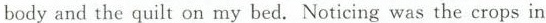
body and the quilt on my bed. Noticing was the crops in